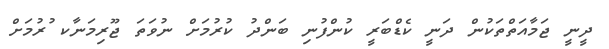
ދީނީ ޖަމާއަތްތަކުން ދަނީ ކެޑްބަރީ ކުންފުނި ބަންދު ކުރުމަށް ނުވަތަ ޖޫރިމަނާކ ުރުމަށް